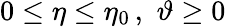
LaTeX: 0\leq\eta\leq\eta_{0}\, ,\, \, \vartheta\geq 0